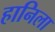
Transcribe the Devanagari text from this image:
हानिला